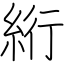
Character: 絎